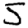
Digit: 5